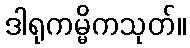
ဒါရုကမ္မိကသုတ်။